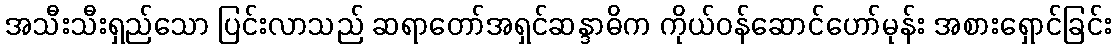
အသီးသီးရှည်သော ပြင်းလာသည် ဆရာတော်အရှင်ဆန္ဒာဓိက ကိုယ်ဝန်ဆောင်ဟော်မုန်း အစားရှောင်ခြင်း